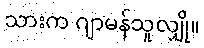
သားက ဂျာမန်သူလျှို။